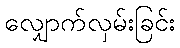
လျှောက်လှမ်းခြင်း